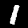
Digit: 1